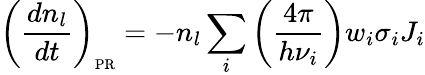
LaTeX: \left(\frac{dn_{l}}{dt}\right)_{\scriptsize\mathrm{PR}}=-n_{l}\sum_{i}\left({\frac{4\pi}{h\nu_{i}}}\right)w_{i}\sigma_{i}J_{i}